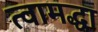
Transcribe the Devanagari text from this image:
त्वामद्धा